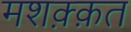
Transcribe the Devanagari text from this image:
मशक़्क़त